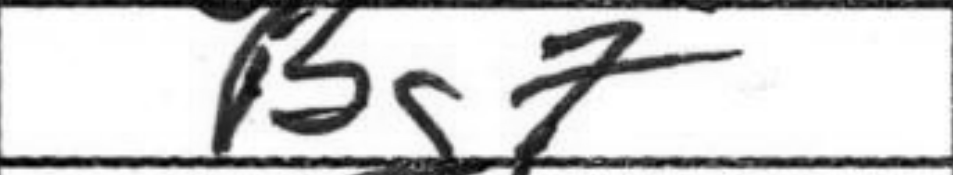
Transcription: Bg7